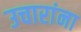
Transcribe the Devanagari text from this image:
उचारांना